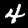
Digit: 4